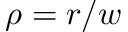
\rho = r / w